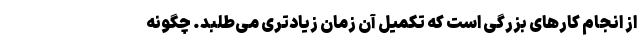
از انجام کارهای بزرگی است که تکمیل آن زمان زیادتری می‌طلبد. چگونه